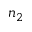
n _ { 2 }